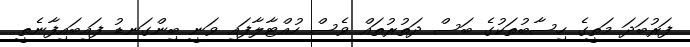
ފަރުބަދަ މަތީގެ ހިސާބުތަކުގެ ބަސް ދަތުރުތައް ވެސް ހުއްޓާލާފައި ވަނީ ބިންގަނޑު ފައިބައިފާނެތީ